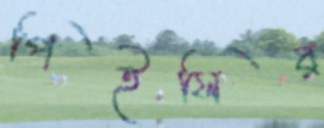
পিইসির